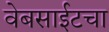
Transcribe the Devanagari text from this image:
वेबसाईटचा